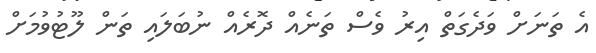
އެ ތަނަށް ވަދެގަތް އިރު ވެސް ތަނެއް ދޮރެއް ނުބަލައި ތަން ލޫޓުވުމަށް